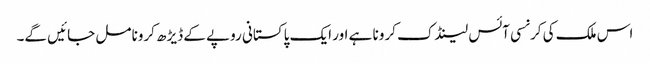
اس ملک کی کرنسی آئس لینڈک کرونا ہے اور ایک پاکستانی روپے کے ڈیڑھ کرونا مل جائیں گے۔